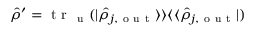
\hat { \rho } ^ { \prime } = \mathrm { ~ t ~ r ~ } _ { \mathrm { ~ u ~ } } ( \vert \hat { \rho } _ { j , \mathrm { ~ o ~ u ~ t ~ } } \rangle \rangle \langle \langle \hat { \rho } _ { j , \mathrm { ~ o ~ u ~ t ~ } } \vert )